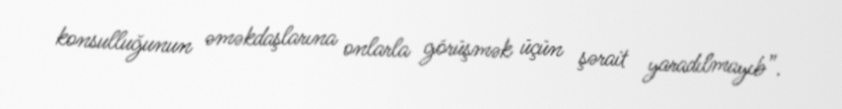
konsulluğunun əməkdaşlarına onlarla görüşmək üçün şərait yaradılmayıb”.